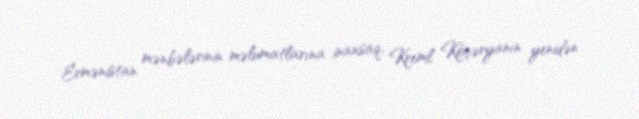
Ermənistan mənbələrinin məlumatlarına inansaq, Kreml Köçəryanın yenidən